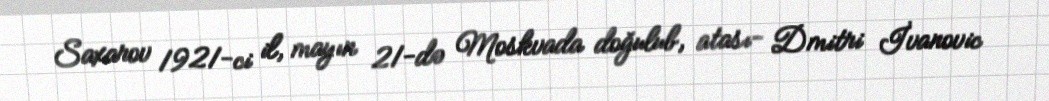
Saxarov 1921-ci il, mayın 21-də Moskvada doğulub, atası- Dmitri İvanovic